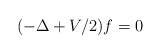
\begin{align*} (-\Delta+V/2)f=0\end{align*}